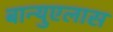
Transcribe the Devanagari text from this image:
बान्युएलास